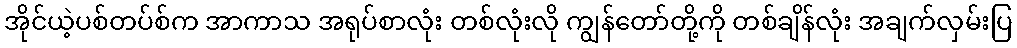
အိုင်ယဲ့ပစ်တပ်စ်က အာကာသ အရုပ်စာလုံး တစ်လုံးလို ကျွန်တော်တို့ကို တစ်ချိန်လုံး အချက်လှမ်းပြ